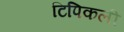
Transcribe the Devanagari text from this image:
टिपिकली